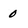
Character: 0